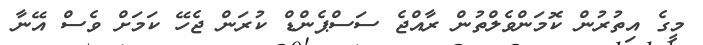
މީގެ އިތުރުން ކޮމަންވެލްތުން ރާއްޖެ ސަސްޕެންޑް ކުރަން ޖެހޭ ކަމަށް ވެސް އޭނާ